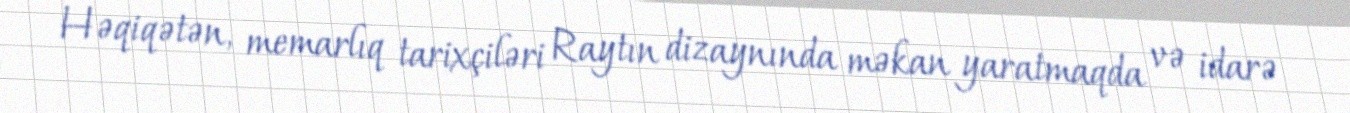
Həqiqətən, memarlıq tarixçiləri Raytın dizaynında məkan yaratmaqda və idarə